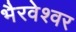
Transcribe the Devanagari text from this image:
भैरवेश्वर